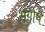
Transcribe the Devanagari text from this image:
भगोष